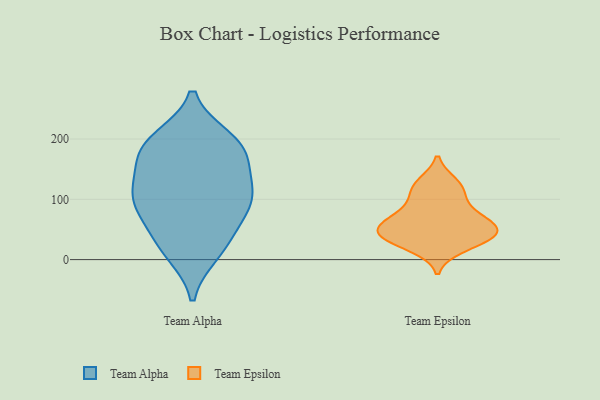
{"axis": {"x": "Operating Costs (USD K)", "y": "Value"}, "legend": ["Team Alpha", "Team Epsilon"], "data": [{"x": "", "y": 39, "type": "Team Alpha"}, {"x": "", "y": 65, "type": "Team Alpha"}, {"x": "", "y": 11, "type": "Team Alpha"}, {"x": "", "y": 200, "type": "Team Alpha"}, {"x": "", "y": 101, "type": "Team Alpha"}, {"x": "", "y": 139, "type": "Team Alpha"}, {"x": "", "y": 126, "type": "Team Alpha"}, {"x": "", "y": 184, "type": "Team Alpha"}, {"x": "", "y": 198, "type": "Team Alpha"}, {"x": "", "y": 101, "type": "Team Alpha"}, {"x": "", "y": 177, "type": "Team Alpha"}, {"x": "", "y": 17, "type": "Team Alpha"}, {"x": "", "y": 99, "type": "Team Alpha"}, {"x": "", "y": 177, "type": "Team Alpha"}, {"x": "", "y": 93, "type": "Team Alpha"}, {"x": "", "y": 43, "type": "Team Epsilon"}, {"x": "", "y": 107, "type": "Team Epsilon"}, {"x": "", "y": 122, "type": "Team Epsilon"}, {"x": "", "y": 33, "type": "Team Epsilon"}, {"x": "", "y": 65, "type": "Team Epsilon"}, {"x": "", "y": 85, "type": "Team Epsilon"}, {"x": "", "y": 20, "type": "Team Epsilon"}, {"x": "", "y": 54, "type": "Team Epsilon"}, {"x": "", "y": 69, "type": "Team Epsilon"}, {"x": "", "y": 44, "type": "Team Epsilon"}, {"x": "", "y": 51, "type": "Team Epsilon"}, {"x": "", "y": 35, "type": "Team Epsilon"}, {"x": "", "y": 127, "type": "Team Epsilon"}]}